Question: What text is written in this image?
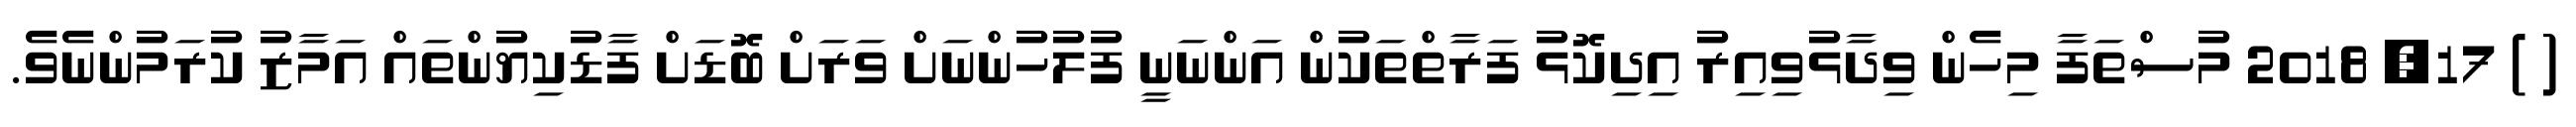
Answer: ( ) 17, 2018 މުސްތަފާ މިހެން ވިދާޅުވިއިރު އިދިކޮޅު ފަރާތްތަކުން އަންނަނީ ފުލުހުންނަށް ވަރަށް ބޮޑަށް ފާޑުކިޔުންތައް އަމާޒު ކުރަމުންނެވެ.